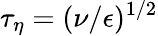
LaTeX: \tau_{\eta}=(\nu/\epsilon)^{1/2}